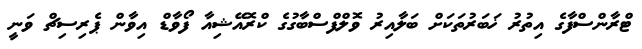
ޓްރާންސްފާގެ އިތުރު ޚަބަރުތަކަށް ބަލާއިރު ވޮލްފްސްބާގުގެ ކްރޮއޭޝިއާ ފޯވާޑް އިވާން ޕެރިސިޗް ވަނީ